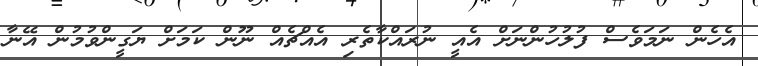
އެހެން ނަމަވެސް ފުލުހުންނަށް އެއީ ނުރައްކާތެރި އެއްޗެއް ނޫން ކަމަށް ޔަގީންވުމުން އޭނާ